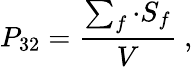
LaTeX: P_{32}=\frac{\sum_{f}\cdot S_{f}}{V}~,